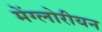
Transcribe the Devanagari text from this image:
मेंग्लोरीयन